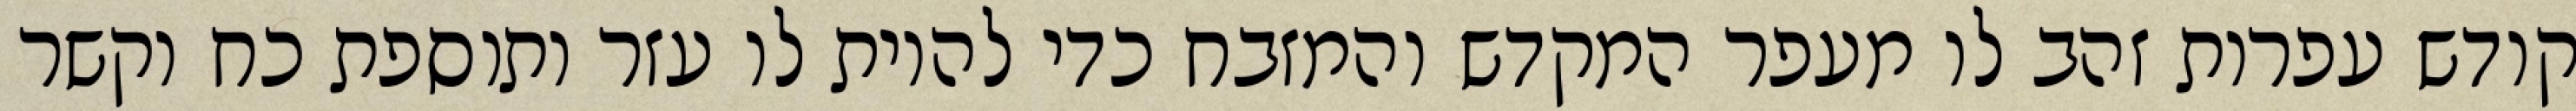
קודש עפרות זהב לו מעפר המקדש והמזבח כדי להיות לו עזר ותוספת כח וקשר